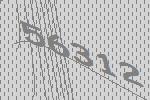
56312